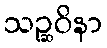
သဉ္ဆဝိနာ